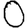
Digit: 0